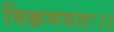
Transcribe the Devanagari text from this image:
विक्रमयतः।।